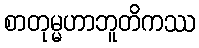
စာတုမ္မဟာဘူတိကဿ